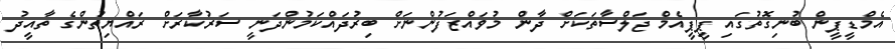
އެމްޑީޕީން ބުނިގޮތުގައި ޕީޕީއެމް ޖަލްސާތަކަށް ދާން މުވައްޒަފުންނަށް ބިރުދައްކަމުންދަނީ ސަރުކާރަށް ރައްޔިތުންގެ ތާއީދު